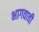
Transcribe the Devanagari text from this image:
भागवावी